Indian journal of veterinary science and animal husbandry - Volume 6,
Year: 1936
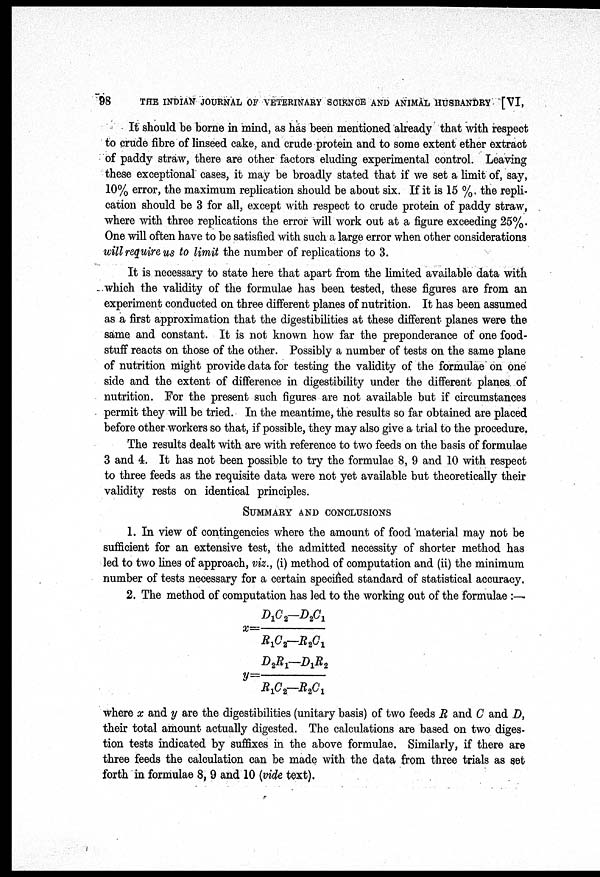
98
THE INDIAN JOURNAL OF VETERINARY SCIENCE AND ANIMAL HUSBANDRY [VI,
It should be borne in mind, as has been mentioned already that with respect
to crude fibre of linseed cake, and crude protein and to some extent ether extract
of paddy straw, there are other factors eluding experimental control. Leaving
these exceptional cases, it may be broadly stated that if we set a limit of, say,
10% error, the maximum replication should be about six. If it is 15 % the repli-
cation should be 3 for all, except with respect to crude protein of paddy straw,
where with three replications the error will work out at a figure exceeding 25%.
One will often have to be satisfied with such a large error when other considerations
will require us to limit the number of replications to 3.
It is necessary to state here that apart from the limited available data with
which the validity of the formulae has been tested, these figures are from an
experiment conducted on three different planes of nutrition. It has been assumed
as a first approximation that the digestibilities at these different planes were the
same and constant. It is not known how far the preponderance of one food-
stuff reacts on those of the other. Possibly a number of tests on the same plane
of nutrition might provide data for testing the validity of the formulae on one
side and the extent of difference in digestibility under the different planes of
nutrition. For the present such figures are not available but if circumstances
permit they will be tried. In the meantime, the results so far obtained are placed
before other workers so that, if possible, they may also give a trial to the procedure.
The results dealt with are with reference to two feeds on the basis of formulae
3 and 4. It has not been possible to try the formulae 8, 9 and 10 with respect
to three feeds as the requisite data were not yet available but theoretically their
validity rests on identical principles.
SUMMARY AND CONCLUSIONS
1. In view of contingencies where the amount of food material may not be
sufficient for an extensive test, the admitted necessity of shorter method has
led to two lines of approach, viz., (i) method of computation and (ii) the minimum
number of tests necessary for a certain specified standard of statistical accuracy.
2. The method of computation has led to the working out of the formulae :-
x = D 1 C 2 —D 2 C 1 / R 1 C 2 —R 2 C 1
y = D 2 R 1 —D 1 R 2 / R 1 C 2 —R 2 C 1
where x and y are the digestibilities (unitary basis) of two feeds R and C and D,
their total amount actually digested. The calculations are based on two diges-
tion tests indicated by suffixes in the above formulae. Similarly, if there are
three feeds the calculation can be made with the data from three trials as set
forth in formulae 8, 9 and 10 (vide text).